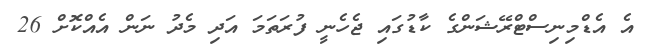
އެ އެޑްމިނިސްޓްރޭޝަންގެ ކާޑުގައި ޖެހެނީ ފުރަތަމަ އަދި މެދު ނަން އެއްކޮށް 26